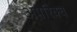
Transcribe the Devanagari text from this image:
अपरिक्व